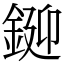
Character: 𨧞